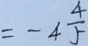
= - 4 \frac { 4 } { 5 }